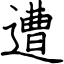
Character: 遭